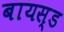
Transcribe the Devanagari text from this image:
बायस्ड